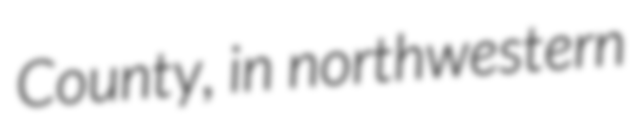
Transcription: County, in northwestern